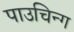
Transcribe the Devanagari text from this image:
पाउचिन्ग